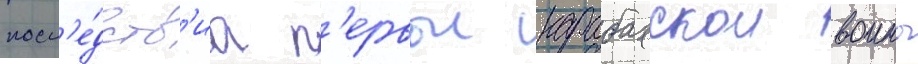
посл'е́дств'иа п'ервои карабахскои воины